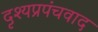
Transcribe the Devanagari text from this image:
दृश्यप्रपंचवाद